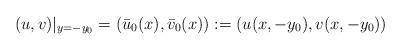
LaTeX: \begin{align*}(u, v)|_{y=-y_0}=(\bar{u}_0(x), \bar{v}_0(x)):=(u(x,-y_0), v(x, -y_0)) \end{align*}